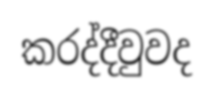
කරද්දීවුවද